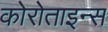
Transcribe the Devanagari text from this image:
कोरोताइन्स